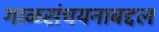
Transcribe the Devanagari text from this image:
गाळसंचयनाबद्दल